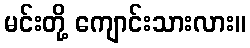
မင်းတို့ ကျောင်းသားလား။